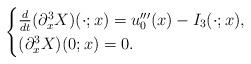
LaTeX: \begin{align*}\begin{cases}\frac{d}{dt}(\partial^3_xX)(\cdot;x)=u^{\prime\prime\prime}_0(x)-I_3(\cdot ; x),\\(\partial^3_xX)(0;x)=0.\end{cases}\end{align*}